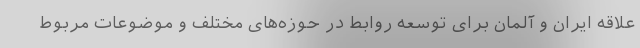
علاقه ایران و آلمان برای توسعه روابط در حوزه‌های مختلف و موضوعات مربوط